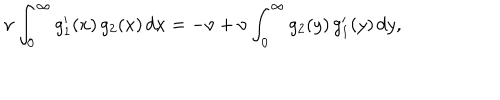
\nu \int _ { 0 } ^ { \infty } g _ { 1 } ^ { \prime } ( x ) \, g _ { 2 } ( x ) \, d x = - \nu + \nu \int _ { 0 } ^ { \infty } g _ { 2 } ( y ) \, g _ { 1 } ^ { \prime } ( y ) \, d y ,